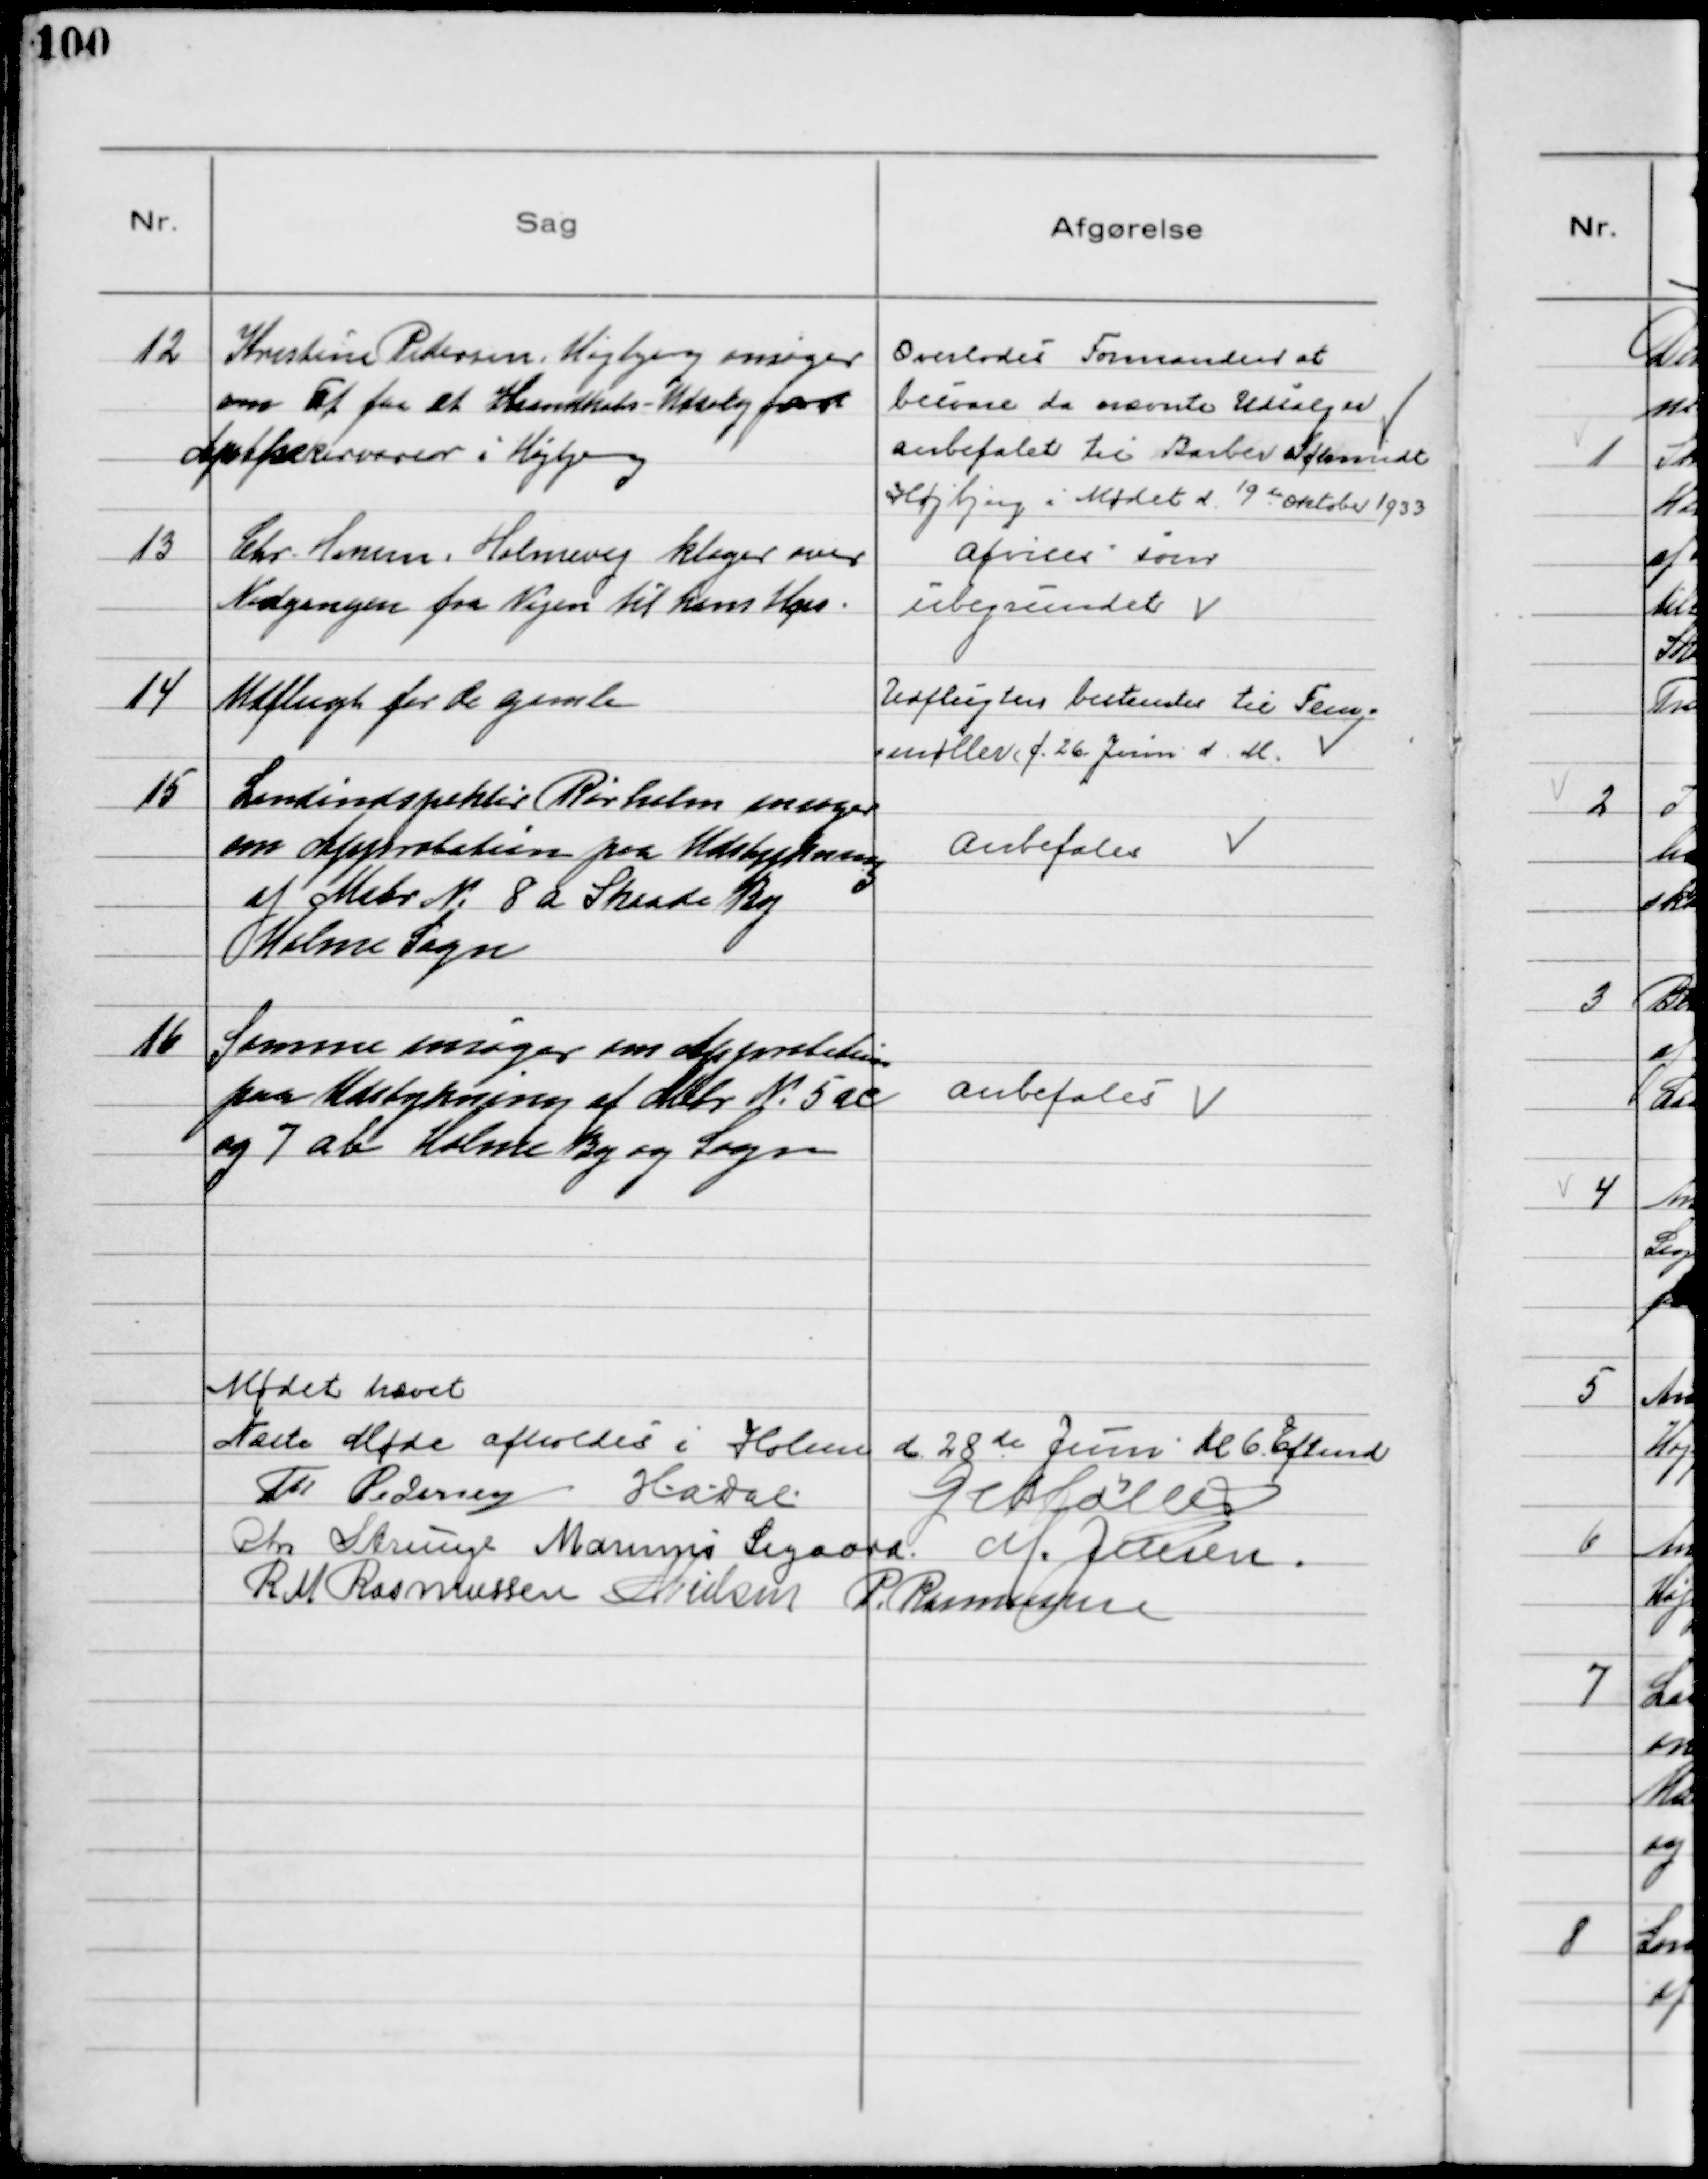
Transskription:
12
Kristine Pedersen, Højbjerg ansøger
om at faa et Husindkøbs-Udsalg for
Apothekervarer i Højbjerg

Overlodes Formanden at
besvare da nævnte Udsalg er
anbefalet til Barber Schmidt
Højbjerg i Mødet 19 de Oktober 1933

13
Chr. Hansen, Holmevej, klager over
Nedgangen fra Vejen til hans Hus.

Afvises som
ubegrundet

14
Udflugt for de gamle

Udflugten bestemtes til Fem=
=møller (f. 26. Juni d.M.

15
Landindspektør Rørholm ansøger
om Approbation paa Udstykning
af Matr №8a Skaade By
Holme Sogn

Anbefales

16
Samme ansøger om Approbation
paa Udstykning af Matr №5 ac
og 7 ab Holme By og Sogn

Anbefales

Mødet hævet
Næste Møde afholdes i Holme d. 28 de Juni Kl 6. Eftmd
Th Pedersen H.A. Dal
G Møller
Chr Strunge Marinus Sigaard M. Jensen
R M Rasmussen N Nielsen P. Rasmussen